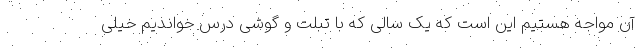
آن مواجه هستیم این است که یک سالی که با تبلت و گوشی درس خواندیم خیلی